Report on vaccination in Madras 1877-1894 - 1877-1894
Year: 1877
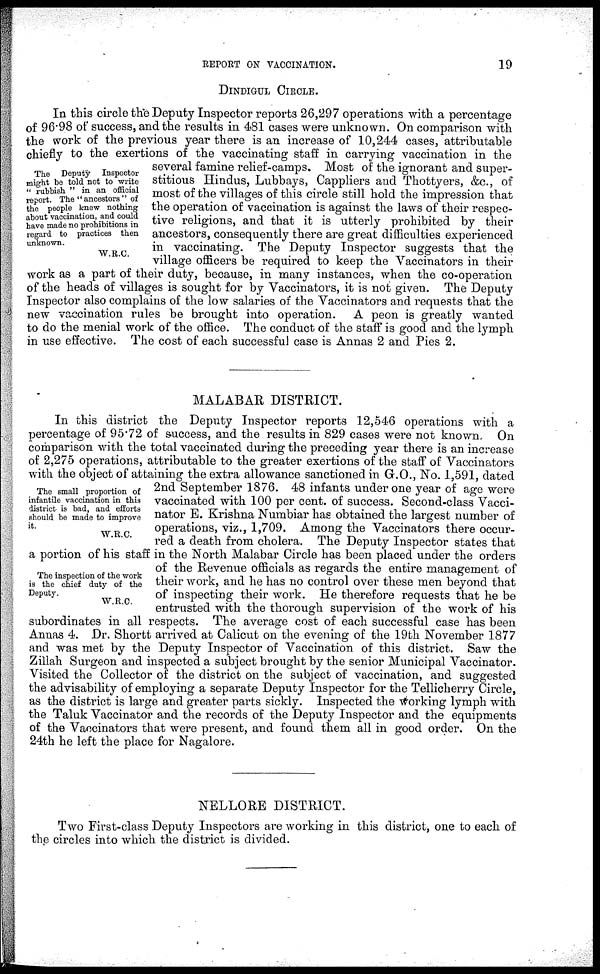
REPORT ON VACCINATION.
19
DINDIGUL CIRCLE.
The Deputy Inspector
might be told not to write
" rubbish " in an official
report. The " ancestors " of
the people knew nothing
about vaccination, and could
have made no prohibitions in
regard to practices then
unknown.
W.R.C.
In this circle the Deputy Inspector reports 26,297 operations with a percentage
of 96.98 of success, and the results in 481 cases were unknown. On comparison with
the work of the previous year there is an increase of 10,244 cases, attributable
chiefly to the exertions of the vaccinating staff in carrying vaccination in the
several famine relief-camps. Most of the ignorant and super-
stitious Hindus, Lubbays, Cappliers and Thottyers, &c., of
most of the villages of this circle still hold the impression that
the operation of vaccination is against the laws of their respec-
tive religions, and that it is utterly prohibited by their
ancestors, consequently there are great difficulties experienced
in vaccinating. The Deputy Inspector suggests that the
village officers be required to keep the Vaccinators in their
work as a part of their duty, because, in many instances, when the co-operation
of the heads of villages is sought for by Vaccinators, it is not given. The Deputy
Inspector also complains of the low salaries of the Vaccinators and requests that the
new vaccination rules be brought into operation. A peon is greatly wanted
to do the menial work of the office. The conduct of the staff is good and the lymph
in use effective. The cost of each successful case is Annas 2 and Pies 2.
MALABAR DISTRICT.
The small proportion of
infantile vaccination in this
district is bad, and efforts
should be made to improve
it.
W.R.C.
The inspection of the work
is the chief duty of the
Deputy.
W.R.C.
In this district the Deputy Inspector reports 12,546 operations with a
percentage of 95.72 of success, and the results in 829 cases were not known. On
comparison with the total vaccinated during the preceding year there is an increase
of 2,275 operations, attributable to the greater exertions of the staff of Vaccinators
with the object of attaining the extra allowance sanctioned in G.O., No. 1,591, dated
2nd September 1876. 48 infants under one year of age were
vaccinated with 100 per cent. of success. Second-class Vacci-
nator E. Krishna Numbiar has obtained the largest number of
operations, viz., 1,709. Among the Vaccinators there occur-
red a death from cholera. The Deputy Inspector states that
a portion of his staff in the North Malabar Circle has been placed under the orders
of the Revenue officials as regards the entire management of
their work, and he has no control over these men beyond that
of inspecting their work. He therefore requests that he be
entrusted with the thorough supervision of the work of his
subordinates in all respects. The average cost of each successful case has been
Annas 4. Dr. Shortt arrived at Calicut on the evening of the 19th November 1877
and was met by the Deputy Inspector of Vaccination of this district. Saw the
Zillah Surgeon and inspected a subject brought by the senior Municipal Vaccinator.
Visited the Collector of the district on the subject of vaccination, and suggested
the advisability of employing a separate Deputy Inspector for the Tellicherry Circle,
as the district is large and greater parts sickly. Inspected the working lymph with
the Taluk Vaccinator and the records of the Deputy Inspector and the equipments
of the Vaccinators that were present, and found them all in good order. On the
24th he left the place for Nagalore.
NELLORE DISTRICT.
Two First-class Deputy Inspectors are working in this district, one to each of
the circles into which the district is divided.